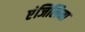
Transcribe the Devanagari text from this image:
एंजिलिना